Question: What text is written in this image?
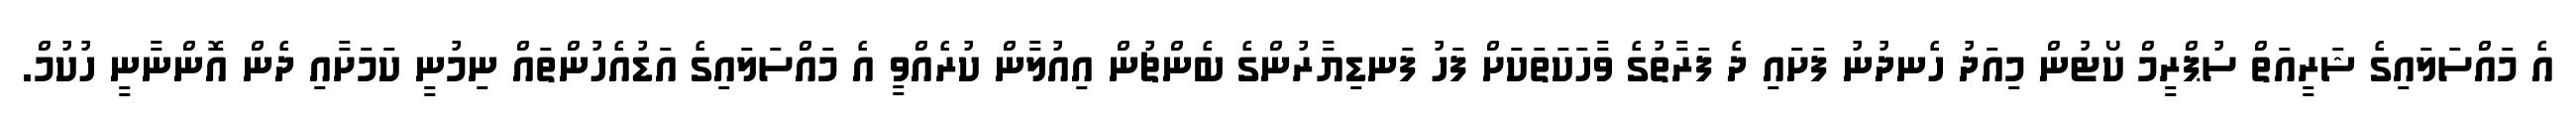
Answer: އެ މައްސަލައިގެ ޝަރީއަތް ސުޕްރީމް ކޯޓުން މިއަދު ހެނދުނު ފަށައި ދެ ފަރާތުގެ ވާހަކަތަކަށް ފަހު ފަނޑިޔާރުންގެ ބެންޗުން އިއުލާން ކުރެއްވީ އެ މައްސަލައިގެ އަޑުއެހުންތައް ނިމުނީ ކަމަށާއި ދެން އޮންނާނީ ހުކުމް.